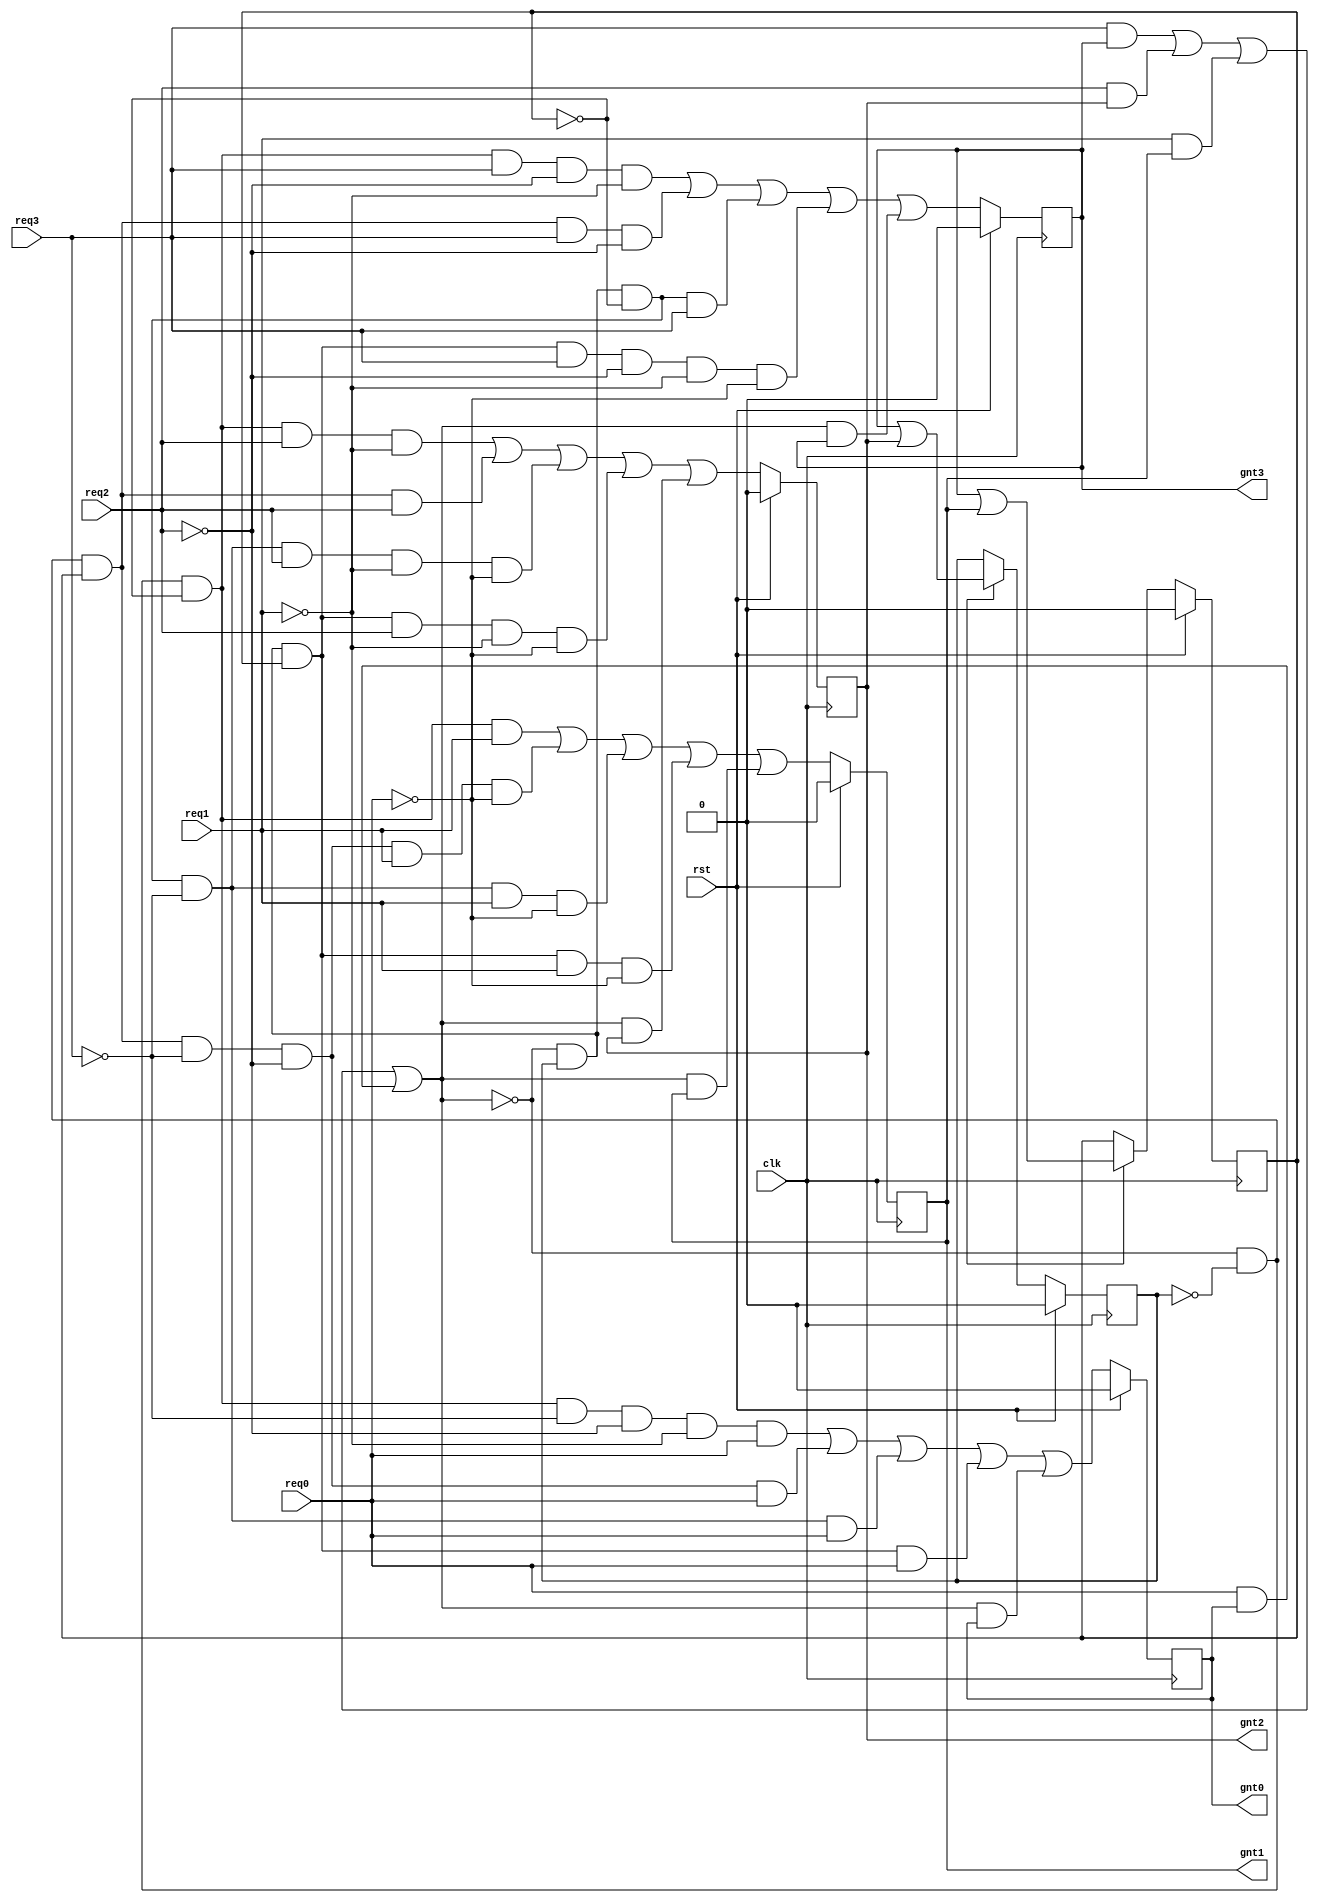
`timescale 1ns / 1ps
//////////////////////////////////////////////////////////////////////////////////
// Company: 
// Engineer: 
// 
// Design Name: 
// Module Name:    round_robin 
// Project Name: 
// Target Devices: 
// Tool versions: 
// Description: 
//
// Dependencies: 
//
// Revision: 
// Revision 0.01 - File Created
// Additional Comments: 
//
//////////////////////////////////////////////////////////////////////////////////
module round_robin(
   clk,    
  rst,    
  req3,   
  req2,   
  req1,   
  req0,   
  gnt3,   
  gnt2,   
  gnt1,   
  gnt0   
);
// PORT DECLARATION
input           clk;    //CLOCK
input           rst;    //RESET
input           req3;   //REQUEST SIGNALS
input           req2;   
input           req1;   
input           req0;   
output          gnt3;   //GRANT SIGNALS
output          gnt2;   
output          gnt1;   
output          gnt0;   

//INTERNAL REGISTERS
wire    [1:0]   gnt       ;   
wire            comreq    ;    
wire            beg       ;   // BEGIN SIGNAL
wire   [1:0]    lgnt      ;  // LATCHED ENCODED GRANT
wire            lcomreq   ;  // BUS STATUS
reg             lgnt0     ;  // LATCHED GRANTS
reg             lgnt1     ;
reg             lgnt2     ;
reg             lgnt3     ;
reg             mask_enable   ;
reg             lmask0    ;
reg             lmask1    ;
reg             ledge    ;

//--//
  
always @ (posedge clk)
  
  if (rst)  //if reset is true
  begin
    lgnt0 <= 0;
    lgnt1 <= 0;
    lgnt2 <= 0;
    lgnt3 <= 0;
  end 
  
  else
    begin                                     
  lgnt0 <=(~lcomreq & ~lmask1 & ~lmask0 & ~req3 & ~req2 & ~req1 & req0)
        | (~lcomreq & ~lmask1 &  lmask0 & ~req3 & ~req2 &  req0)
        | (~lcomreq &  lmask1 & ~lmask0 & ~req3 &  req0)
        | (~lcomreq &  lmask1 &  lmask0 & req0  )
        | ( lcomreq & lgnt0 );
      
  lgnt1 <=(~lcomreq & ~lmask1 & ~lmask0 &  req1)
        | (~lcomreq & ~lmask1 &  lmask0 & ~req3 & ~req2 &  req1 & ~req0)
        | (~lcomreq &  lmask1 & ~lmask0 & ~req3 &  req1 & ~req0)
        | (~lcomreq &  lmask1 &  lmask0 &  req1 & ~req0)
        | ( lcomreq &  lgnt1);
      
  lgnt2 <=(~lcomreq & ~lmask1 & ~lmask0 &  req2  & ~req1)
        | (~lcomreq & ~lmask1 &  lmask0 &  req2)
        | (~lcomreq &  lmask1 & ~lmask0 & ~req3 &  req2  & ~req1 & ~req0)
        | (~lcomreq &  lmask1 &  lmask0 &  req2 & ~req1 & ~req0)
        | ( lcomreq &  lgnt2);
      
  lgnt3 <=(~lcomreq & ~lmask1 & ~lmask0 & req3  & ~req2 & ~req1)
        | (~lcomreq & ~lmask1 &  lmask0 & req3  & ~req2)
        | (~lcomreq &  lmask1 & ~lmask0 & req3)
        | (~lcomreq &  lmask1 &  lmask0 & req3  & ~req2 & ~req1 & ~req0)
        | ( lcomreq & lgnt3);
end 

 //BEGIN SIGNAL
  
  assign beg = (req3 | req2 | req1 | req0) & ~lcomreq;  
  

 // comreq logic (BUS STATUS)

assign lcomreq = ( req3 & lgnt3 )
                | ( req2 & lgnt2 )
                | ( req1 & lgnt1 )
                | ( req0 & lgnt0 );


// Encoder logic
  
assign  lgnt =  {(lgnt3 | lgnt2),(lgnt3 | lgnt1)};


// lmask register.

always @ (posedge clk )
if( rst ) 
  begin
    lmask1 <= 0;
    lmask0 <= 0;
  end 
 else if(mask_enable) 
    begin
      lmask1 <= lgnt[1];
      lmask0 <= lgnt[0];
    end 
 else 
    begin
      lmask1 <= lmask1;
      lmask0 <= lmask0;
    end 

  
assign comreq = lcomreq;
assign gnt    = lgnt;

// Drive the outputs

assign gnt3   = lgnt3;
assign gnt2   = lgnt2;
assign gnt1   = lgnt1;
assign gnt0   = lgnt0;


endmodule